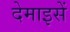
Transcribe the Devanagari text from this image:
देमाइसें